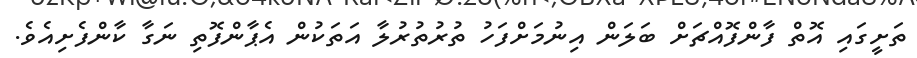
ތަށީގައި އޮތް ފާންފޮއްޗަށް ބަލަން އިނުމަށްފަހު ތުރުތުރުލާ އަތަކުން އެޕާންފޮތި ނަގާ ކާންފެށިއެވެ.